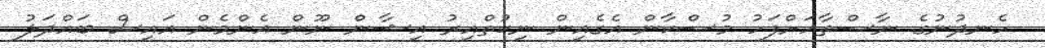
ހެނދުނުގެ ނާސްތާއަށްފަހު މުސްކާން އެގެއިން ނިކުތްއިރު އިޝާން ނޫން އެންމެން އައިސް ބައްދަލު